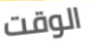
الوقت